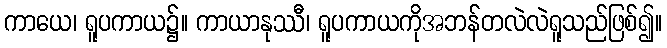
ကာယေ၊ ရူပကာယ၌။ ကာယာနုဿီ၊ ရူပကာယကိုအဘန်တလဲလဲရူသည်ဖြစ်၍။